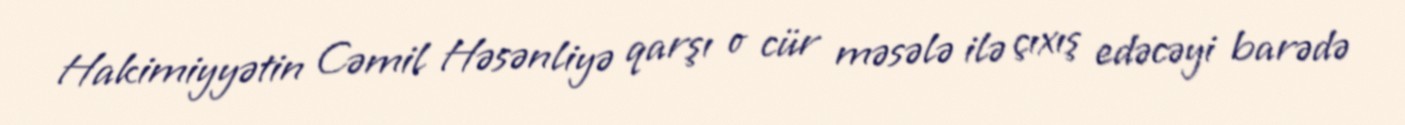
Hakimiyyətin Cəmil Həsənliyə qarşı o cür məsələ ilə çıxış edəcəyi barədə